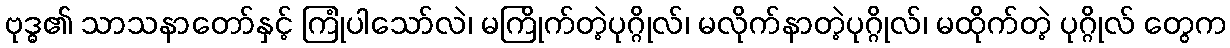
ဗုဒ္ဓ၏ သာသနာတော်နှင့် ကြုံပါသော်လဲ၊ မကြိုက်တဲ့ပုဂ္ဂိုလ်၊ မလိုက်နာတဲ့ပုဂ္ဂိုလ်၊ မထိုက်တဲ့ ပုဂ္ဂိုလ် တွေက